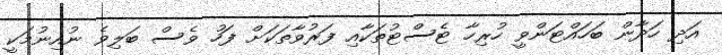
އަދި ހަދާން ބަހައްޓަންވީ ހުރިހާ ޓެސްޓުތަކާއި ފަރުވާތަކަށް ފަހު ވެސް ބަލިވެ ނުއިނުމަކީ